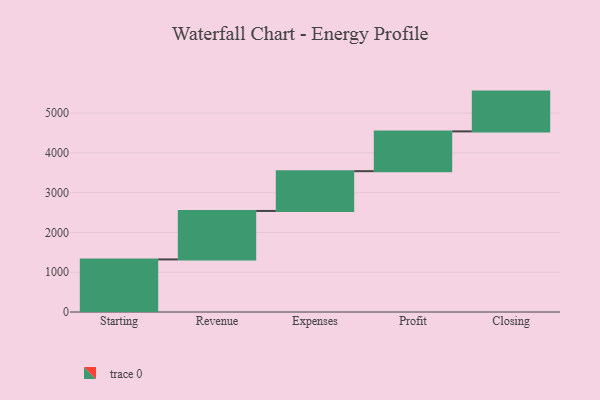
{"axis": {"x": "Step", "y": "Value"}, "legend": [""], "data": [{"x": "Starting", "y": 1322.0, "type": ""}, {"x": "Revenue", "y": 1218.0, "type": ""}, {"x": "Expenses", "y": 1000, "type": ""}, {"x": "Profit", "y": 1000, "type": ""}, {"x": "Closing", "y": 1000, "type": ""}]}